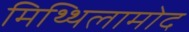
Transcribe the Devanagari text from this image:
मिथ्थिलामोद